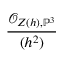
\frac { { \mathcal { O } } _ { Z ( h ) , \mathbb { P } ^ { 3 } } } { ( h ^ { 2 } ) }